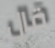
قال